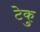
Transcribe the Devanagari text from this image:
टेकु